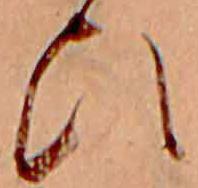
ひ